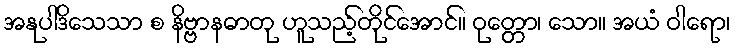
အနုပါဒိသေသာ စ နိဗ္ဗာနဓာတု ဟူသည့်တိုင်အောင်။ ဝုတ္တော၊ သော။ အယံ ဝါရော၊